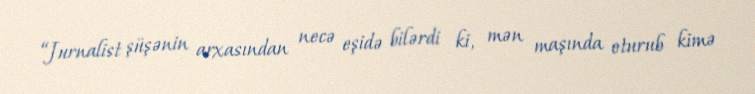
“Jurnalist şüşənin arxasından necə eşidə bilərdi ki, mən maşında oturub kimə